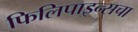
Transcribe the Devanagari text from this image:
फिलिपाइन्सचा